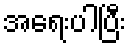
အရေးပါပြီး